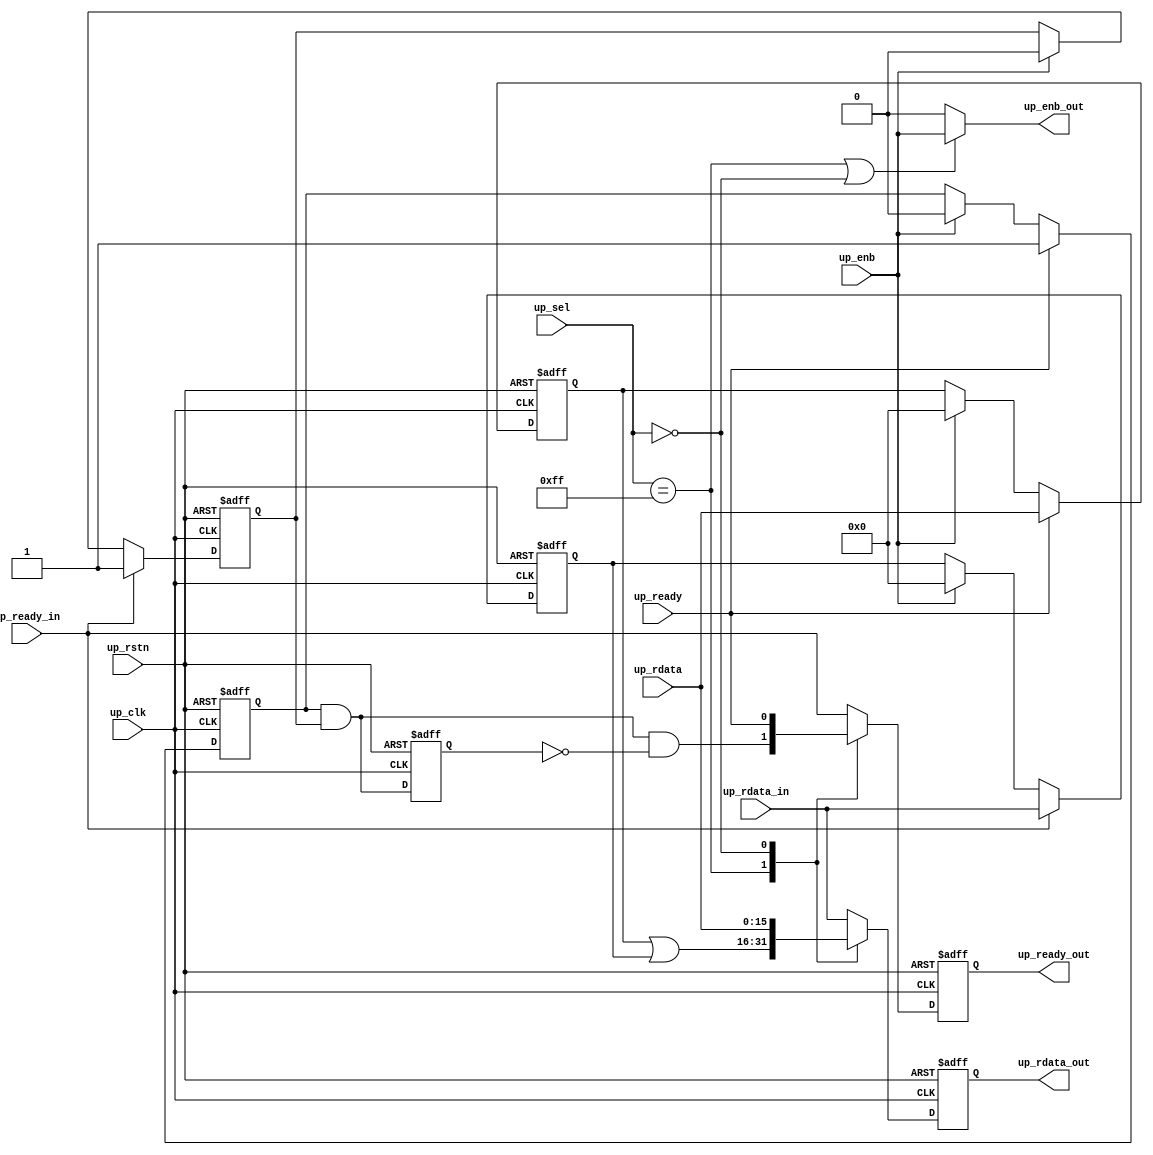
// ***************************************************************************
// ***************************************************************************
// Copyright 2014 - 2017 (c) Analog Devices, Inc. All rights reserved.
//
// In this HDL repository, there are many different and unique modules, consisting
// of various HDL (Verilog or VHDL) components. The individual modules are
// developed independently, and may be accompanied by separate and unique license
// terms.
//
// The user should read each of these license terms, and understand the
// freedoms and responsibilities that he or she has by using this source/core.
//
// This core is distributed in the hope that it will be useful, but WITHOUT ANY
// WARRANTY; without even the implied warranty of MERCHANTABILITY or FITNESS FOR
// A PARTICULAR PURPOSE.
//
// Redistribution and use of source or resulting binaries, with or without modification
// of this file, are permitted under one of the following two license terms:
//
//   1. The GNU General Public License version 2 as published by the
//      Free Software Foundation, which can be found in the top level directory
//      of this repository (LICENSE_GPL2), and also online at:
//      <https://www.gnu.org/licenses/old-licenses/gpl-2.0.html>
//
// OR
//
//   2. An ADI specific BSD license, which can be found in the top level directory
//      of this repository (LICENSE_ADIBSD), and also on-line at:
//      https://github.com/analogdevicesinc/hdl/blob/master/LICENSE_ADIBSD
//      This will allow to generate bit files and not release the source code,
//      as long as it attaches to an ADI device.
//
// ***************************************************************************
// ***************************************************************************

`timescale 1ns/1ps

module axi_adxcvr_mdrp (

  input           up_rstn,
  input           up_clk,

  input   [ 7:0]  up_sel,
  input           up_enb,
  output          up_enb_out,
  input   [15:0]  up_rdata_in,
  input           up_ready_in,
  input   [15:0]  up_rdata,
  input           up_ready,
  output  [15:0]  up_rdata_out,
  output          up_ready_out);

  // parameters

  parameter   integer XCVR_ID = 0;
  parameter   integer NUM_OF_LANES = 8;

  // internal registers

  reg     [15:0]  up_rdata_int = 'd0;
  reg             up_ready_int = 'd0;
  reg             up_ready_mi = 'd0;
  reg     [15:0]  up_rdata_i = 'd0;
  reg             up_ready_i = 'd0;
  reg     [15:0]  up_rdata_m = 'd0;
  reg             up_ready_m = 'd0;

  // internal signals

  wire            up_ready_s;
  wire    [15:0]  up_rdata_mi_s;
  wire            up_ready_mi_s;

  // disable if not selected

  assign up_rdata_out = up_rdata_int;
  assign up_ready_out = up_ready_int;

  assign up_enb_out = (up_sel == 8'hff || up_sel == XCVR_ID) ? up_enb : 1'b0;

  always @(negedge up_rstn or posedge up_clk) begin
    if (up_rstn == 1'b0) begin
      up_rdata_int <= 16'd0;
      up_ready_int <= 1'b0;
    end else begin
      case (up_sel)
        8'hff: begin
          up_rdata_int <= up_rdata_mi_s;
          up_ready_int <= up_ready_mi_s & ~up_ready_mi;
        end
        XCVR_ID: begin
          up_rdata_int <= up_rdata;
          up_ready_int <= up_ready;
        end
        default: begin
          up_rdata_int <= up_rdata_in;
          up_ready_int <= up_ready_in;
        end
      endcase
    end
  end

  always @(negedge up_rstn or posedge up_clk) begin
    if (up_rstn == 1'b0) begin
      up_ready_mi <= 1'b0;
    end else begin
      up_ready_mi <= up_ready_mi_s;
    end
  end

  assign up_rdata_mi_s = up_rdata_m | up_rdata_i;
  assign up_ready_mi_s = up_ready_m & up_ready_i;

  always @(negedge up_rstn or posedge up_clk) begin
    if (up_rstn == 1'b0) begin
      up_rdata_i <= 16'd0;
      up_ready_i <= 1'b0;
    end else begin
      if (up_ready_in == 1'b1) begin
        up_rdata_i <= up_rdata_in;
        up_ready_i <= 1'b1;
      end else if (up_enb == 1'b1) begin
        up_rdata_i <= 16'd0;
        up_ready_i <= 1'b0;
      end
    end
  end

  generate
  if (XCVR_ID < NUM_OF_LANES) begin
  always @(negedge up_rstn or posedge up_clk) begin
    if (up_rstn == 1'b0) begin
      up_rdata_m <= 16'd0;
      up_ready_m <= 1'b0;
    end else begin
      if (up_ready == 1'b1) begin
        up_rdata_m <= up_rdata;
        up_ready_m <= 1'b1;
      end else if (up_enb == 1'b1) begin
        up_rdata_m <= 16'd0;
        up_ready_m <= 1'b0;
      end
    end
  end
  end else begin
  always @(negedge up_rstn or posedge up_clk) begin
    if (up_rstn == 1'b0) begin
      up_rdata_m <= 16'd0;
      up_ready_m <= 1'b0;
    end else begin
      up_rdata_m <= 16'd0;
      up_ready_m <= 1'b1;
    end
  end
  end
  endgenerate

endmodule

// ***************************************************************************
// ***************************************************************************